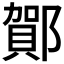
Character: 𲆝